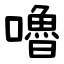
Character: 嚕